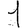
Digit: 1